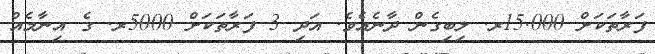
ފަރާތަކަށް 15